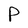
Character: P